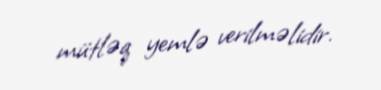
mütləq yemlə verilməlidir.